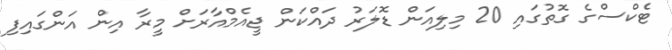
ޓެކްސްގެ ގޮތުގައި 20 މިލިއަން ޑޮލަރު ދައްކަން ޖީއެމްއާރަށް މީރާ އިން އަންގައިފި